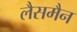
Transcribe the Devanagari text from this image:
लैसमैन